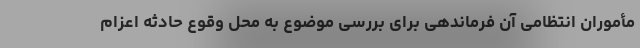
مأموران انتظامی آن فرماندهی برای بررسی موضوع به محل وقوع حادثه اعزام